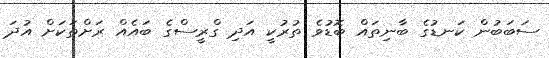
ސަބަބުން ކަނޑުގެ ބާނިތައް ބޮޑުވެ ތުރުކީ އަދި ގްރީސްގެ ބައެއް ރަށްތަކަށް އުދަ